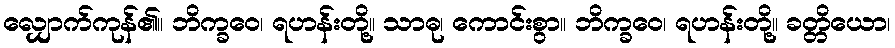
လျှောက်ကုန်၏။ ဘိက္ခဝေ၊ ရဟန်းတို့။ သာဓု၊ ကောင်းစွာ။ ဘိက္ခဝေ၊ ရဟန်းတို့။ ခတ္တိယော၊